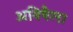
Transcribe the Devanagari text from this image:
अविषैला